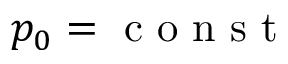
p _ { 0 } = \mathrm { ~ c ~ o ~ n ~ s ~ t ~ }